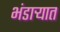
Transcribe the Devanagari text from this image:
भंडार्‍यात